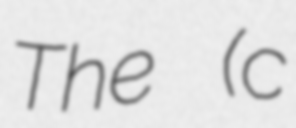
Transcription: The (c